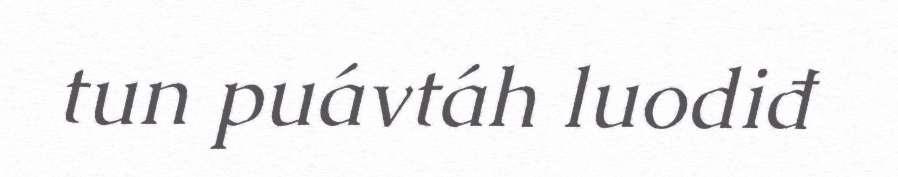
tun puávtáh luodiđ